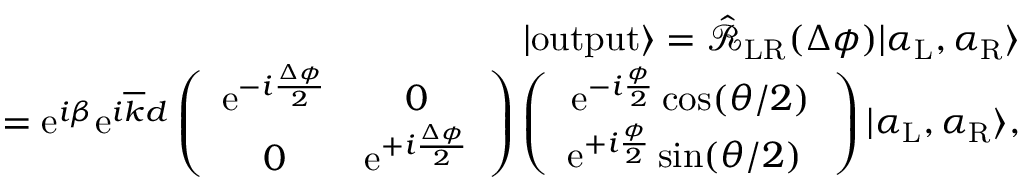
\begin{array} { r l r } & { } & { | \mathrm { o u t p u t } \rangle = \hat { \mathcal { R } } _ { \mathrm { L R } } ( \Delta \phi ) | \alpha _ { \mathrm { L } } , \alpha _ { \mathrm { R } } \rangle } \\ & { } & { = \mathrm { e } ^ { i \beta } \mathrm { e } ^ { i \overline { { k } } d } \left( \begin{array} { c c } { \mathrm { e } ^ { - i \frac { \Delta \phi } { 2 } } } & { 0 } \\ { 0 } & { \mathrm { e } ^ { + i \frac { \Delta \phi } { 2 } } } \end{array} \right) \left( \begin{array} { c } { \mathrm { e } ^ { - i \frac { \phi } { 2 } } \cos ( \theta / 2 ) } \\ { \mathrm { e } ^ { + i \frac { \phi } { 2 } } \sin ( \theta / 2 ) \ } \end{array} \right) | \alpha _ { \mathrm { L } } , \alpha _ { \mathrm { R } } \rangle , } \end{array}